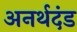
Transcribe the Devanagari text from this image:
अनर्थदंड